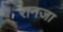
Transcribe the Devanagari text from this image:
रानजा